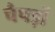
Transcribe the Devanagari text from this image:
चैपड़ों